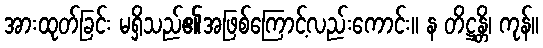
အားထုတ်ခြင်း မရှိသည်၏အဖြစ်ကြောင့်လည်းကောင်း။ န တိဋ္ဌန္တိ၊ ကုန်။